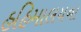
હહિમાલયના